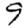
Digit: 9